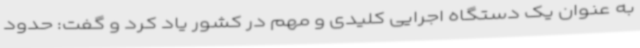
به عنوان یک دستگاه اجرایی کلیدی و مهم در کشور یاد کرد و گفت: حدود